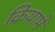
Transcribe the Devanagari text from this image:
क्रियामें